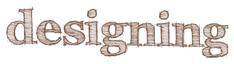
designing